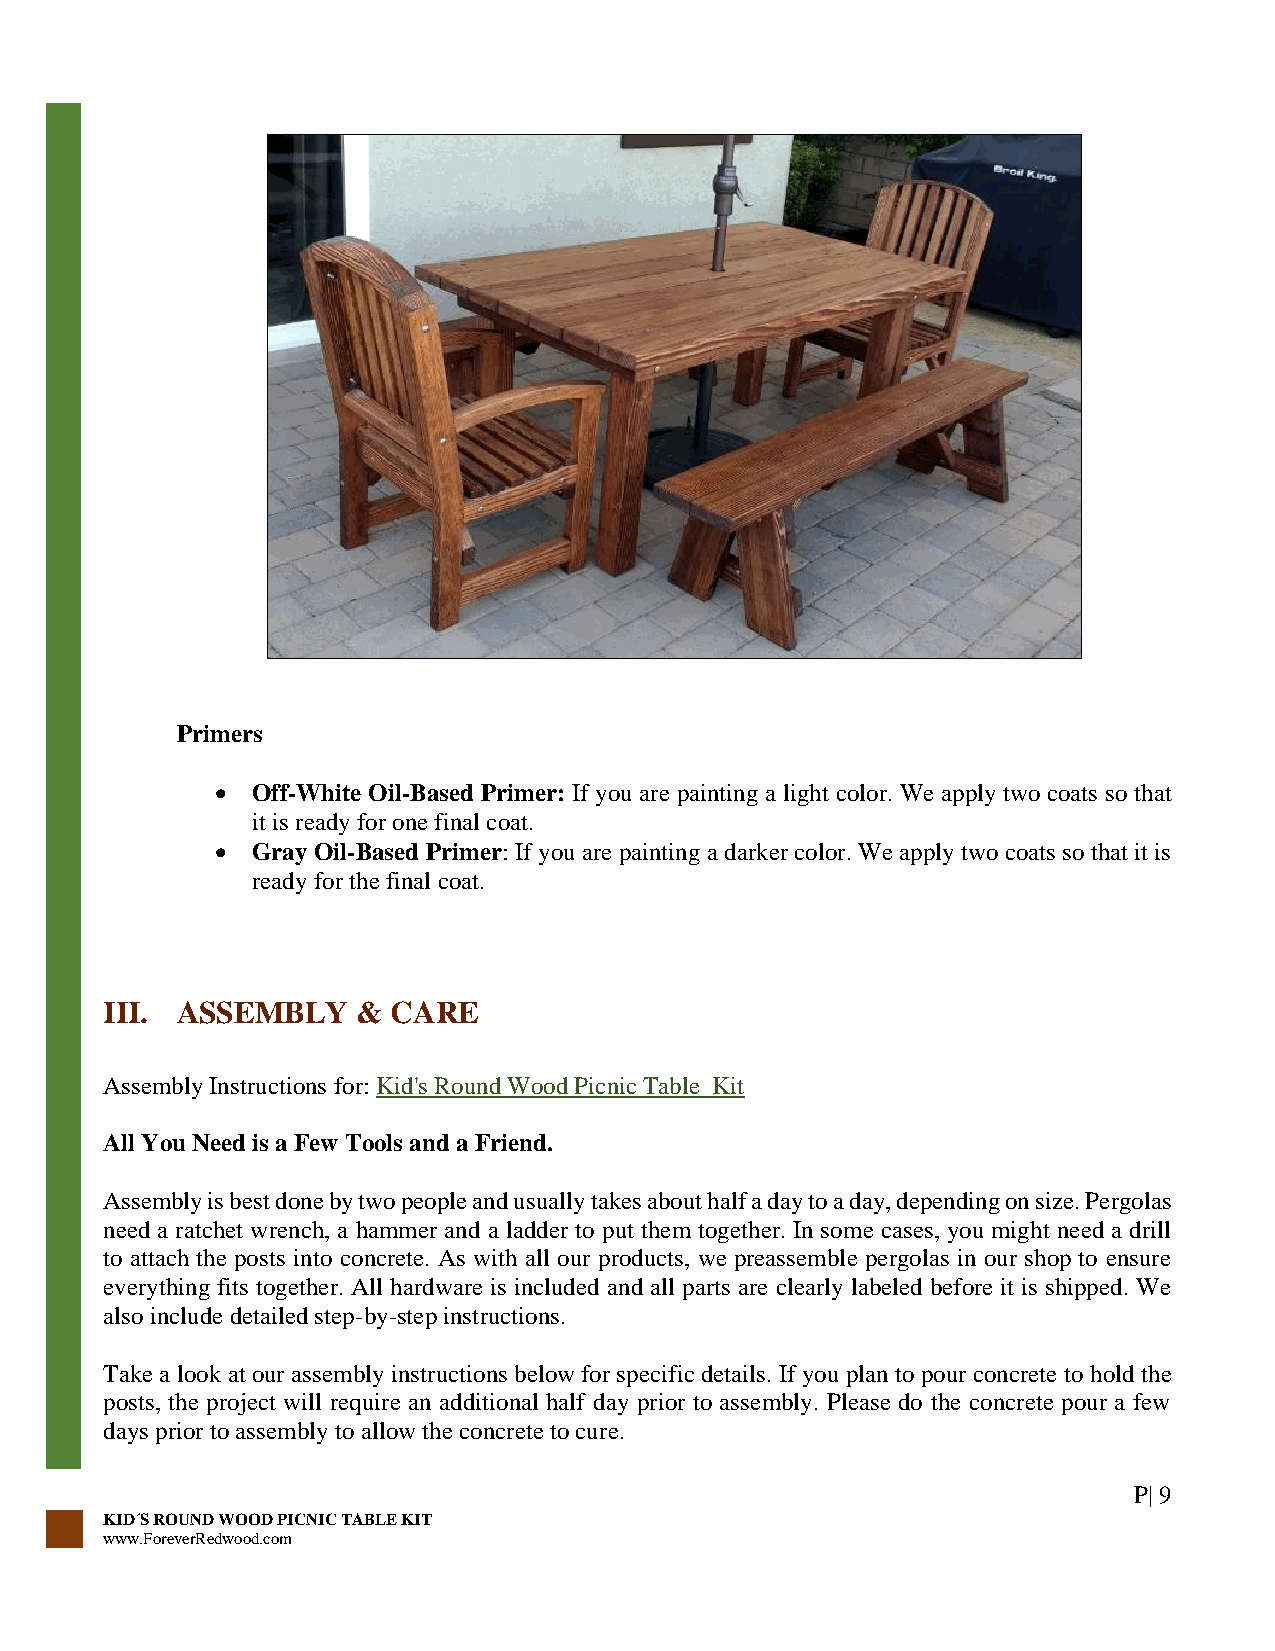
Primers
 •  Off-White Oil-Based Primer: If you are painting a light color. We apply two coats so that
 it is ready for one final coat.
 •  Gray Oil-Based Primer: If you are painting a darker color. We apply two coats so that it is
 ready for the final coat.
 III. ASSEMBLY    & CARE
 Assembly Instructions for: Kid's Round Wood Picnic Table_Kit
 All You Need is a Few Tools and a Friend.
 Assembly is best done by two people and usually takes about half a day to a day, depending on size. Pergolas
 need a ratchet wrench, a hammer and a ladder to put them together. In some cases, you might need a drill
 to attach the posts into concrete. As with all our products, we preassemble pergolas in our shop to ensure
 everything fits together. All hardware is included and all parts are clearly labeled before it is shipped. We
 also include detailed step-by-step instructions.
 Take a look at our assembly instructions below for specific details. If you plan to pour concrete to hold the
 posts, the project will require an additional half day prior to assembly. Please do the concrete pour a few
 days prior to assembly to allow the concrete to cure.
 P| 9
 KID´S ROUND WOOD PICNIC TABLE KIT
 www.ForeverRedwood.com